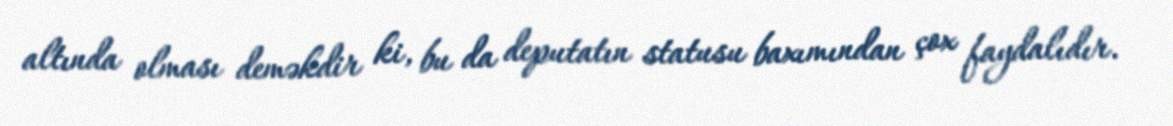
altında olması deməkdir ki, bu da deputatın statusu baxımından çox faydalıdır.